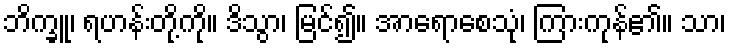
ဘိက္ခူ၊ ရဟန်းတို့ကို။ ဒိသွာ၊ မြင်၍။ အာရောစေသုံ၊ ကြားကုန်၏။ သာ၊